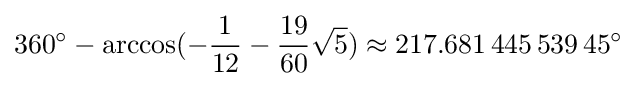
360^{\circ }-\arccos(-{\frac {1}{12}}-{\frac {19}{60}}{\sqrt {5}})\approx 217.681\,445\,539\,45^{\circ }